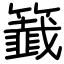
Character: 籖